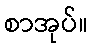
စာအုပ်။